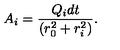
A _ { i } = \frac { Q _ { i } d t } { ( r _ { 0 } ^ { 2 } + r _ { i } ^ { 2 } ) } .